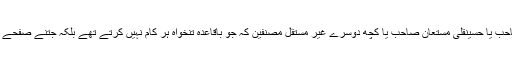
دو مستقل مصنف ذبیح اللہ منصوری صاحب یا حسینقلی مستعان صاحب یا کچھ دوسرے غیر مستقل مصنفین کہ جو باقاعدہ تنخواہ ہر کام نہیں کرتے تھے بلکہ جتنے صفحے لکھتے اس کے حساب سے پیسے لیتے۔